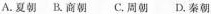
A.夏朝 B.商朝 C.周朝 D.秦朝